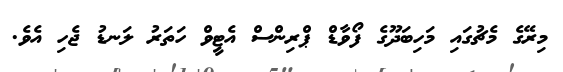
މިރޭގެ މެޗުގައި މަހިބަދޫގެ ފޯވާޑް ޕްރިންސް އެޓީވް ހަތަރު ލަނޑު ޖެހި އެވެ.